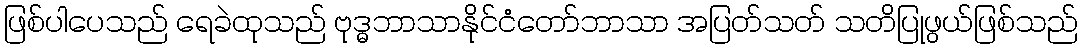
ဖြစ်ပါပေသည် ရေခဲထုသည် ဗုဒ္ဓဘာသာနိုင်ငံတော်ဘာသာ အပြတ်သတ် သတိပြုဖွယ်ဖြစ်သည်